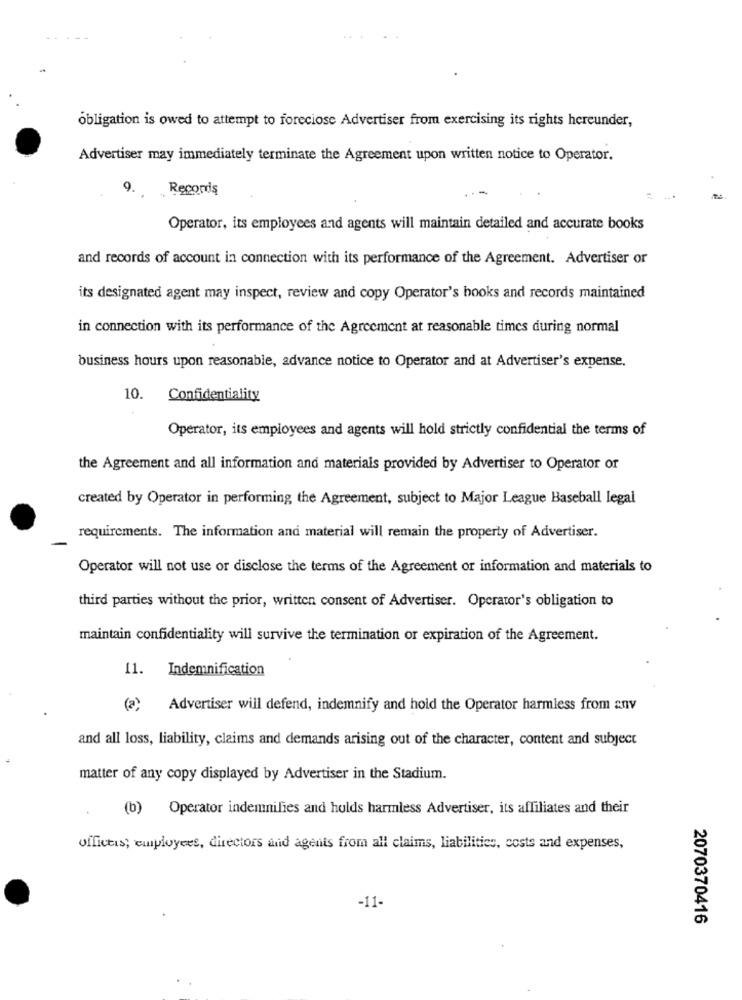
obligation is owed to attempt to foreclose Advertiser from exercising its rights hereunder,
Advertiser may immediately terminate the Agreement upon written notice to Operator.
Recorris
9.
Operator, its employees and agents will maintain detailed and accurate books
and records of account in connection with its performance of the Agreement. Advertiser or
its designated agent may inspect, review and copy Operator's books and records maintained
in connection with its performance of the Agreement at reasonable times during normal
business hours upon reasonable, advance notice to Operator and at Advertiser's expense.
10. Confidentiality
Operator, its employees and agents will hold strictly confidential the terms of
the Agreement and all information and materials provided by Advertiser to Operator or
created by Operator in performing the Agreement, subject to Major League Baseball legal
requirements. The information and material will remain the property of Advertiser.
Operator will not use or disclose the terms of the Agreement or information and materials to
third parties without the prior, written consent of Advertiser. Operator's obligation to
maintain confidentiality will survive the termination or expiration of the Agreement.
11. Indemnification
(a)
Advertiser will defend, indemnify and hold the Operator harmless from anv
and all loss, liability, claims and demands arising out of the character, content and subject
matter of any copy displayed by Advertiser in the Stadium.
(b) Operator indemnifies and holds harmless Advertiser, its affiliates and their
officeis; employees, directors and agents from all claims, liabilities, costs and expenses,
-11-
2070370416